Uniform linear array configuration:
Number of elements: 64
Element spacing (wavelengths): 0.75
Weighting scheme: exponential
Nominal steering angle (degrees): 30
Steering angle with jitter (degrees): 31.659
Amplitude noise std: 0.05
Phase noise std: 0.05

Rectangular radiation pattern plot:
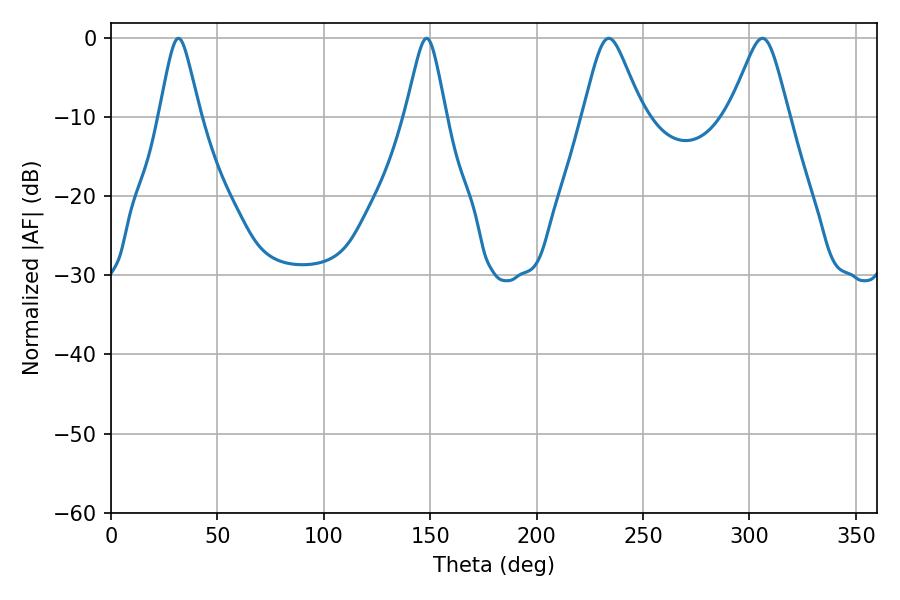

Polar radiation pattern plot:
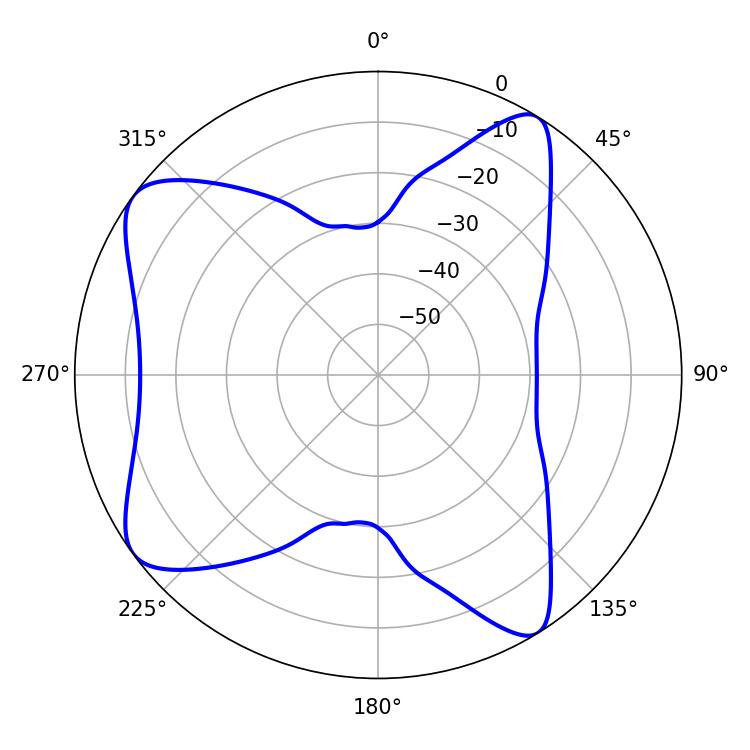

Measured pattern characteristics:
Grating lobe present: TRUE
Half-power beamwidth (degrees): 9
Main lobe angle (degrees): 31.68